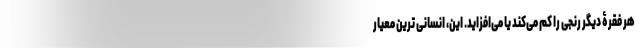
هر فقرۀ دیگر رنجی را کم می‌کند یا می‌افزاید. این، انسانی ترین معیار